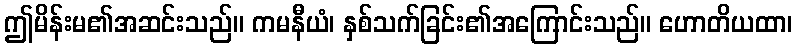
ဤမိန်းမ၏အဆင်းသည်။ ကမနီယံ၊ နှစ်သက်ခြင်း၏အကြောင်းသည်။ ဟောတိယထာ၊